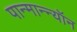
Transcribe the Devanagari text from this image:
पान्मान्न्यॉन